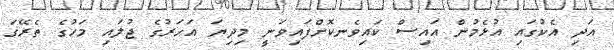
އަދި އެކުގައި އުޅެމުން އައިސް ކައިވެނކޮށްފައިވަނީ މިދިޔަ އަހަރުގެ ޖުލައި މަހުގެ ތެރޭގަ